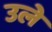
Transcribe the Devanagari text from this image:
उले